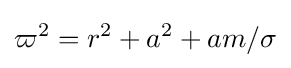
\varpi ^{2}=r^{2}+a^{2}+am/\sigma